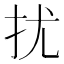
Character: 扰